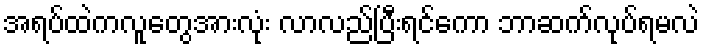
အရပ်ထဲကလူတွေအားလုံး လာလည်ပြီးရင်ကော ဘာဆက်လုပ်ရမလဲ